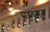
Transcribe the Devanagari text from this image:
सहवसन